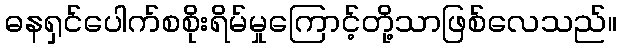
ဓနရှင်ပေါက်စစိုးရိမ်မှုကြောင့်တို့သာဖြစ်လေသည်။